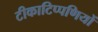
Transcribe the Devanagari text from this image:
टीकाटिप्पणियों